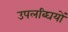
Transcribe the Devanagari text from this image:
उपलब्घियों